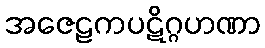
အဇေဠကပဋိဂ္ဂဟဏာ